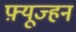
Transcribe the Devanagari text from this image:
फ़्यूज्हन